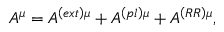
A ^ { \mu } = A ^ { \left( e x t \right) \mu } + A ^ { \left( p l \right) \mu } + A ^ { \left( R R \right) \mu } ,